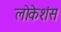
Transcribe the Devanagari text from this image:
लोकेशंस